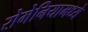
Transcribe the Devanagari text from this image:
रोमेनियामध्ये